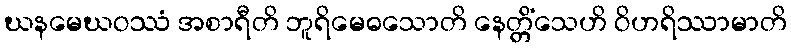
ဃနမေဃဝဿံ အစာရီတိ ဘူရိမေဓသောတိ နေတ္တိံသေဟိ ဝိဟရိဿာမာတိ